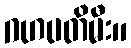
ဂဟပတိမီး။